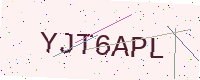
Text: YJT6APL